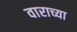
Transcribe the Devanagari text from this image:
वाराच्या